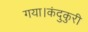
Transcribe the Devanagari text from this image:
गया।कंदुकुरी